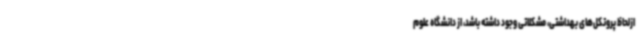
ازلحاظ پروتکل‌های بهداشتی، مشکلاتی وجود داشته باشد، از دانشگاه علوم